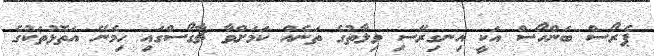
ޕެރޯސް ބަންހޯސް އަކީ އިނގިރޭސި ވިލާތުގެ ތަނެއް ކަމަށްވާ ޗާގޯސްގައި ހިމެނޭ އަތޮޅުތަކުގެ